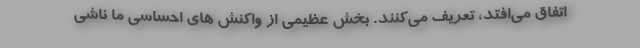
اتفاق می‌افتد، تعریف می‌کنند. بخش عظیمی از واکنش های احساسی ما ناشی